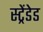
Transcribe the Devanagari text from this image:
स्ट्रेंडेड